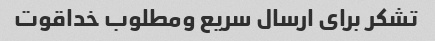
تشکر برای ارسال سریع ومطلوب خداقوت